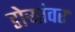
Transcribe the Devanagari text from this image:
डोर्‍यांवर